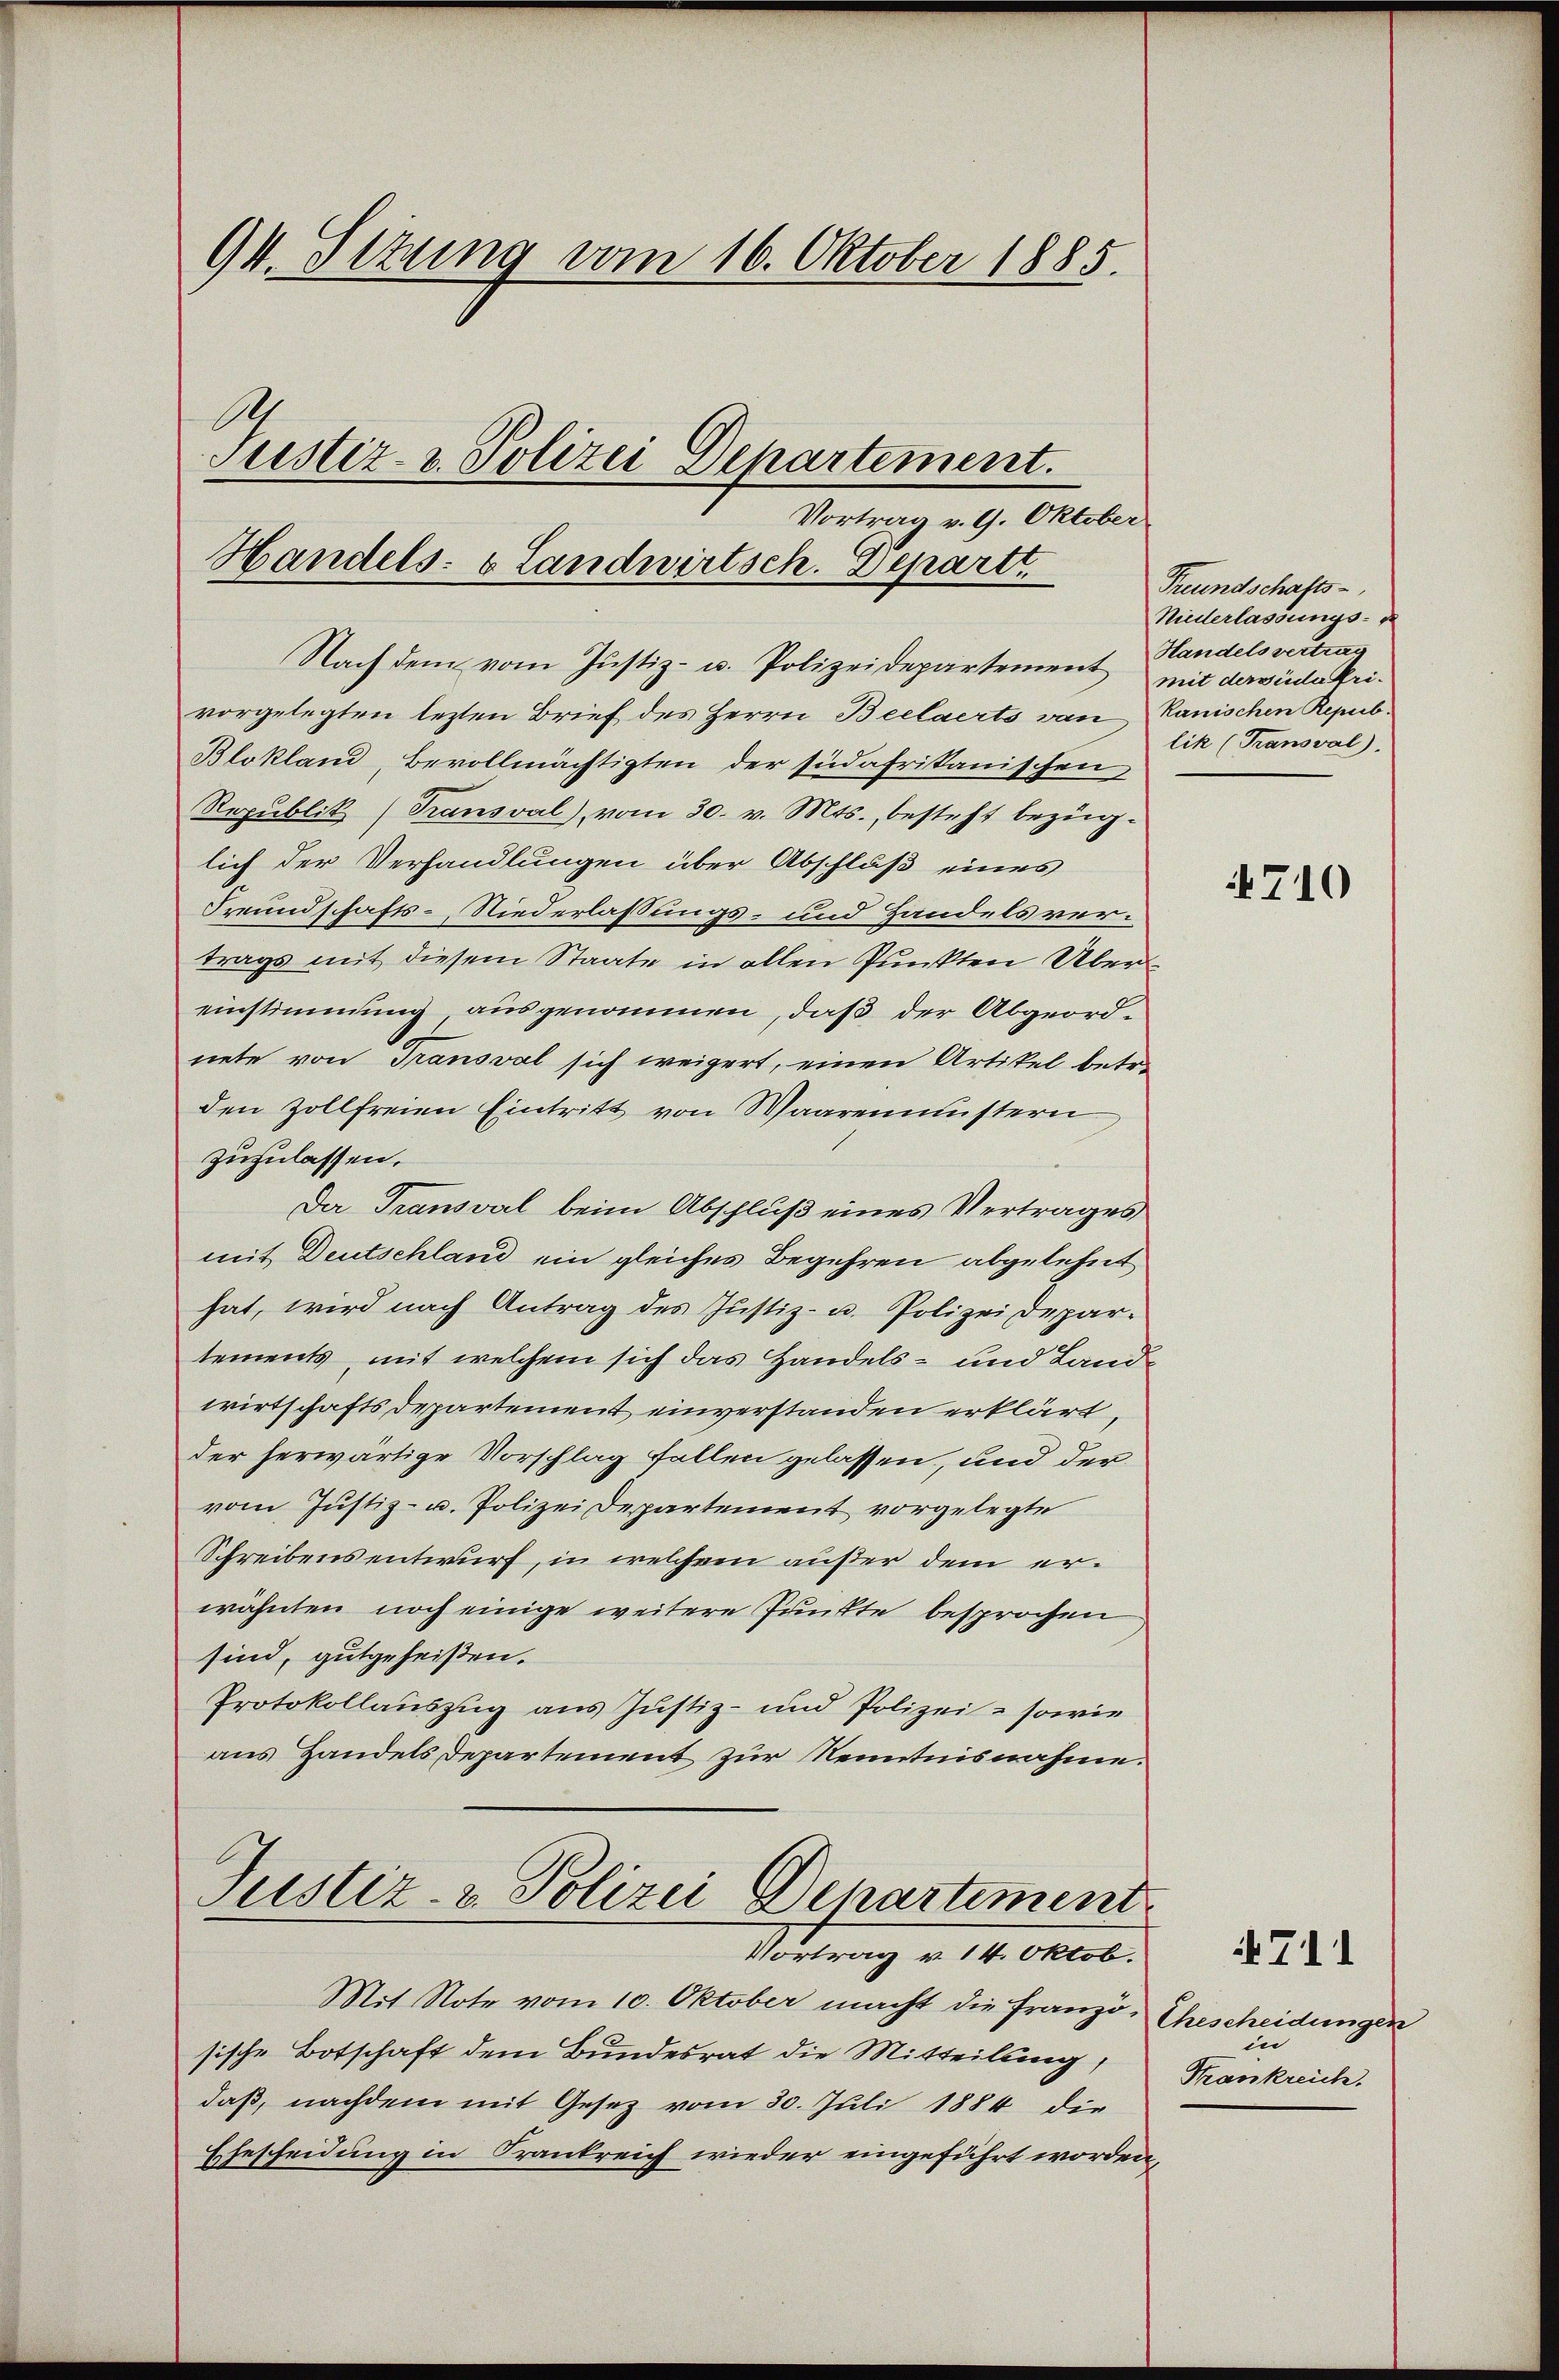
94. Sizung vom 16. Oktober 1885.
Justiz- & Polizei Departement.
Vortrag v. 9. Oktober

Handels- & Landwirtsch. Departt.

Nach dem vom Justiz- u. Polizeidepartement mit davüdafrivorgelegten lezten Brief des Herrn Beelaerts von Rauischen Repub
Blokland, Bevollmächtigten der südafrikanischen
Republik (Transval), vom 30. v. Mts., besteht bezüg-
lich der Verhandlungen über Abschluß eines
Freundschafts-Niederlassungs- und Handelsvertrags mit diesem Staate in allen Punkten Übereinstimmung ausgenommen, daß der Abgeord-
nete von Transval sich weigert, einen Artikel betr.
den Zollfreien Eintritt von Waarenmustern
zuzulassen.
Da Transval beim Abschluß eines Vertrages
mit Deutschland ein gleiches Begehren abgelehnt
hat, wird nach Antrag des Justiz- u. Polizei Departements, mit welchem sich das Handels- und Landwirtschafts departement einverstanden erklärt,
der herwärtige Vorschlag fallen gelassen, und der
vom Justiz- u. Polizei Departement vorgelegte
Schreibens entwurf, in welchem außer dem erwähnten noch einige weitere Punkte besprochen
sind, gutgeheißen.
Protokollauszug aus Justiz- und Polizei - sowie
aus Handels Departement zur Kenntnisnahme.

Justiz- & Polizei Departiment
Vortrag v. 14. Oktob.

Mit Note vom 10. Oktober macht die Franzö- Ehescheidungen
sische Botschaft dem Bundesrat die Mitteilung,
daß, nachdem mit Gesetz vom 30. Juli 1884 die
Ehescheidung in Frankreich wieder eingeführt worden,

Freundschafts-
Niederlassungs-
Handels vertrag
lik (Transval).

4710

4711
in
Krankreich.